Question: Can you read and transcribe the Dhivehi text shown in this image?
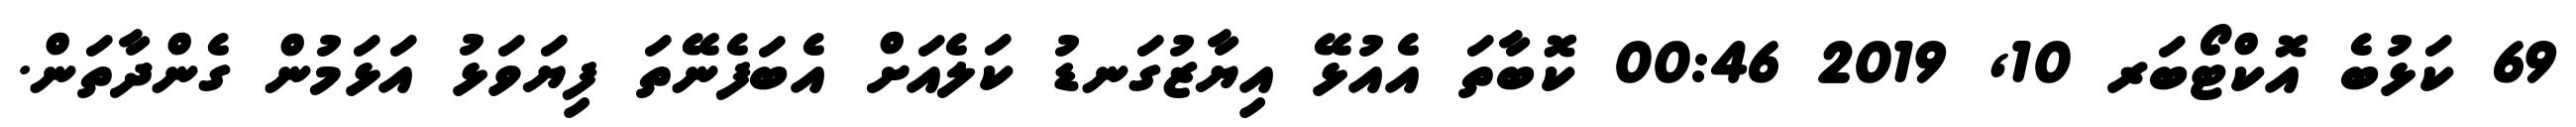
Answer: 69 ކަޅުބެ އޮކްޓޯބަރ 10, 2019 00:46 ކޮބާތަ އެއުޅޭ އިޔާޒުގަނޑު ކަލެއަށް އެބަފެނޭތަ ފިޔަވަޅު އަޅަމުން ގެންދާތަން.